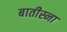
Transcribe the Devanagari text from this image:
बातीस्ना